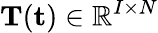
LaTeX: \mathbf{T}(\mathbf{t})\in\mathbb{R}^{I\times N}